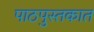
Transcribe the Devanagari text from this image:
पाठपुस्तकात